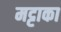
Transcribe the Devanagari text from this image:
मट्टाका